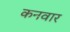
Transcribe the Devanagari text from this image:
कनवार